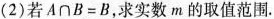
(2)若$$A \cap B=B$$，求实数m的取值范围.